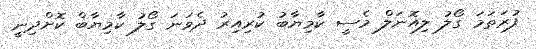
ފުރަތަމަ ގޯލު ލިއޮނަލް މެސީ ކާމިޔާބު ކުރިއިރު ދެވަނަ ގޯލު ކާމިޔާބް ކޮށްދިނީ